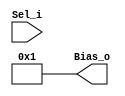
module BiasMux #(
    parameter               L2Conv0Bias   =   22'b1,
    parameter               L2Conv1Bias   =   22'b1,
    parameter               L2Conv2Bias   =   22'b1,
    parameter               L2Conv3Bias   =   22'b1,
    parameter               L2Conv4Bias   =   22'b1,
    parameter               L2Conv5Bias   =   22'b1,
    parameter               L2Conv6Bias   =   22'b1,
    parameter               L2Conv7Bias   =   22'b1
)   (
    input   wire    [2:0]   Sel_i,
    output  wire    [21:0]  Bias_o
);

assign  Bias_o  =   Sel_i ==  4'h0    ?   L2Conv0Bias   :   (
                    Sel_i ==  4'h1    ?   L2Conv1Bias   :   (
                    Sel_i ==  4'h2    ?   L2Conv2Bias   :   (
                    Sel_i ==  4'h3    ?   L2Conv3Bias   :   (
                    Sel_i ==  4'h4    ?   L2Conv4Bias   :   (
                    Sel_i ==  4'h5    ?   L2Conv5Bias   :   (
                    Sel_i ==  4'h6    ?   L2Conv6Bias   :   L2Conv7Bias))))));

endmodule